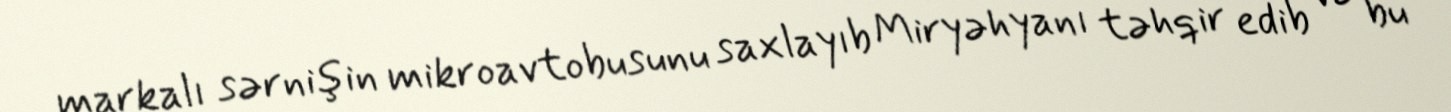
markalı sərnişin mikroavtobusunu saxlayıb Miryəhyanı təhqir edib və bu